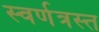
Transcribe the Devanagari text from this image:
स्वर्णत्रस्त